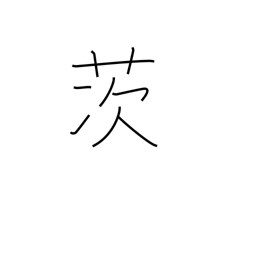
Meaning: briar